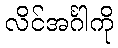
လိင်အင်္ဂါကို